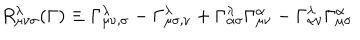
R _ { \mu \nu \sigma } ^ { \lambda } ( \Gamma ) \equiv \Gamma _ { \mu \nu , \sigma } ^ { \lambda } - \Gamma _ { \mu \sigma , \nu } ^ { \lambda } + \Gamma _ { \alpha \sigma } ^ { \lambda } \Gamma _ { \mu \nu } ^ { \alpha } - \Gamma _ { \alpha \nu } ^ { \lambda } \Gamma _ { \mu \sigma } ^ { \alpha }